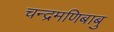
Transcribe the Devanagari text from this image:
चन्द्रमणिबाबु